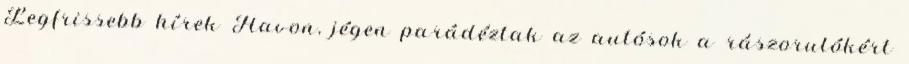
Legfrissebb hírek Havon, jégen parádéztak az autósok a rászorulókért